Annual report of the Punjab Veterinary College and of the Civil Veterinary Department, Punjab - 1926-1932
Year: 1926
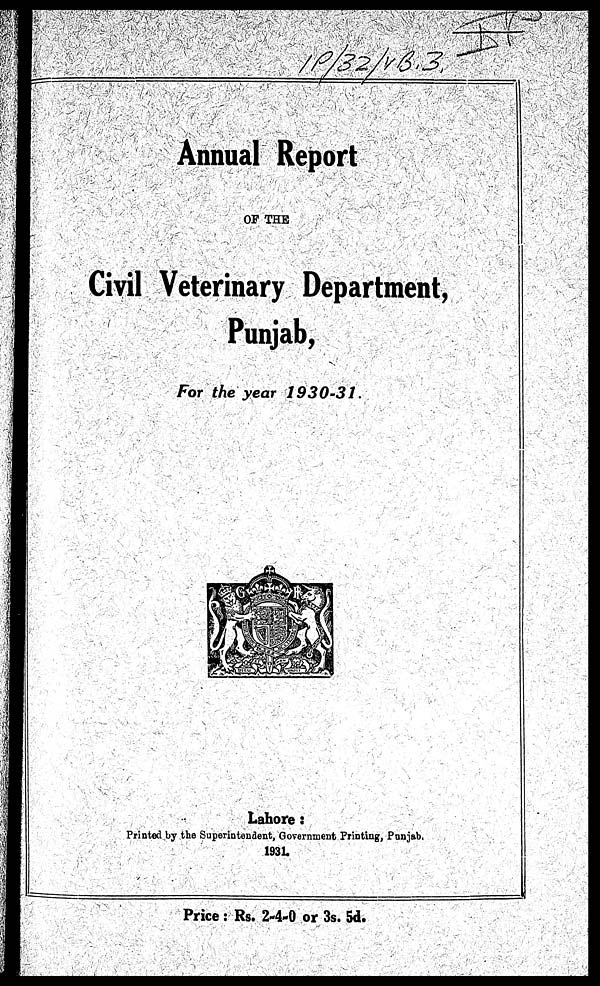
Annual Report
OF THE
Civil Veterinary Department,
Punjab,
For the year
1930-31.
Lahore :
Printed by the Superintendent, Government Printing, Punjab.
1931.
Price : Rs. 2-4-0 or 3s. 5d.